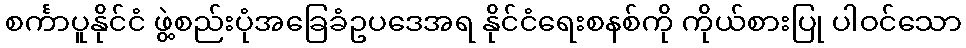
စင်္ကာပူနိုင်ငံ ဖွဲ့စည်းပုံအခြေခံဥပဒေအရ နိုင်ငံရေးစနစ်ကို ကိုယ်စားပြု ပါဝင်သော